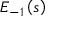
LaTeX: E _ { - 1 } \left( s \right)